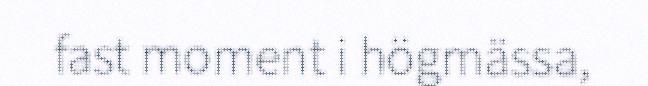
fast moment i högmässa,